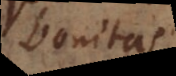
bonitas